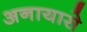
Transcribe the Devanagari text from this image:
अनायासे